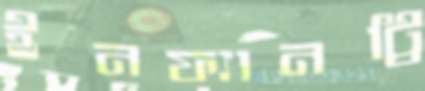
ইনফ্যানট্রি